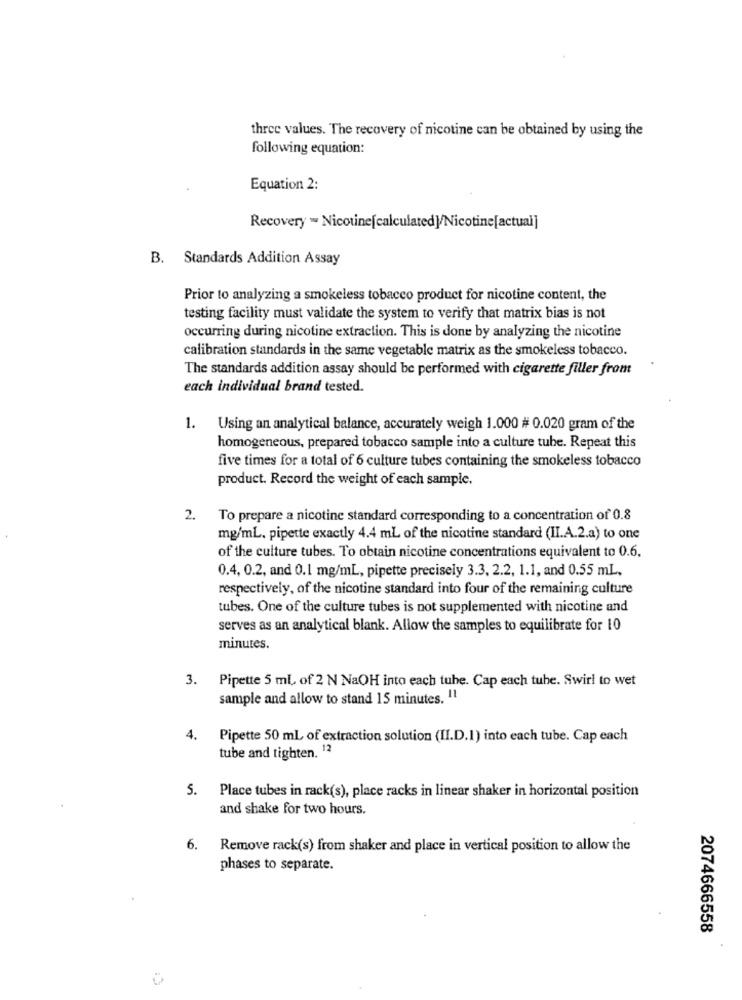
three values. The recovery of nicotine can be obtained by using the
following equation:
Equation 2:
Recovery " Nicotine[calculated]/Nicotine[actual]
B. Standards Addition Assay
Prior to analyzing a smokeless tobacco product for nicotine content, the
testing facility must validate the system to verify that matrix bias is not
occurring during nicotine extraction. This is done by analyzing the nicotine
calibration standards in the same vegetable matrix as the smokeless tobacco.
The standards addition assay should be performed with cigarette filler from
each individual brand tested.
1.
Using an analytical balance, accurately weigh 1.000 # 0.020 gram of the
homogeneous, prepared tobacco sample into a culture tube. Repeat this
five times for a total of 6 culture tubes containing the smokeless tobacco
product. Record the weight of each sample.
2. To prepare a nicotine standard corresponding to a concentration of 0.8
mg/mL. pipette exactly 4.4 mL of the nicotine standard (II.A.2.a) to one
of the culture tubes. To obtain nicotine concentrations equivalent to 0.6.
0.4, 0.2, and 0.1 mg/mL, pipette precisely 3.3. 2.2, 1.1, and 0.55 mL,
respectively, of the nicotine standard into four of the remaining culture
tubes. One of the culture tubes is not supplemented with nicotine and
serves as an analytical blank. Allow the samples to equilibrate for 10
minutes.
3.
Pipette 5 ml of 2 N NaOH into each tube. Cap each tube. Swirl to wet
sample and allow to stand 15 minutes. 11
4.
Pipette 50 ml of extraction solution (II.D.1) into each tube. Cap each
tube and tighten. 12
5.
Place tubes in rack(s), place racks in linear shaker in horizontal position
and shake for two hours.
6.
Remove rack(s) from shaker and place in vertical position to allow the
phases to separate.
2074666558